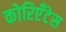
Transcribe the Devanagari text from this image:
कोरिएँटेस